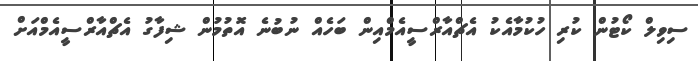
ސިވިލް ކޯޓުން ކުރި ހުކުމާއެކު އެޗްއާރްސީއެމްއިން ބަހެއް ނުބުނެ އޮތުމުން ޝިފާގު އެޗްއާރްސީއެމްއަށް